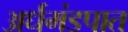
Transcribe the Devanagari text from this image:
अर्धमंडपात